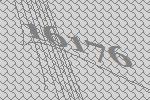
16176